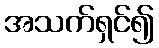
အသက်ရှင်၍